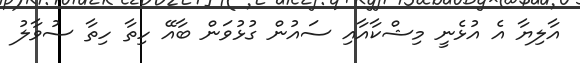
އާލިޔާ އެ އުޅެނީ މިޝްކާއާއި ސައުން ގުޅުވަން ބާއޭ ހިތާ ހިތާ ސުވާލު